Annual administration report of the Civil Veterinary Department of India - 1898-1899
Year: 1898
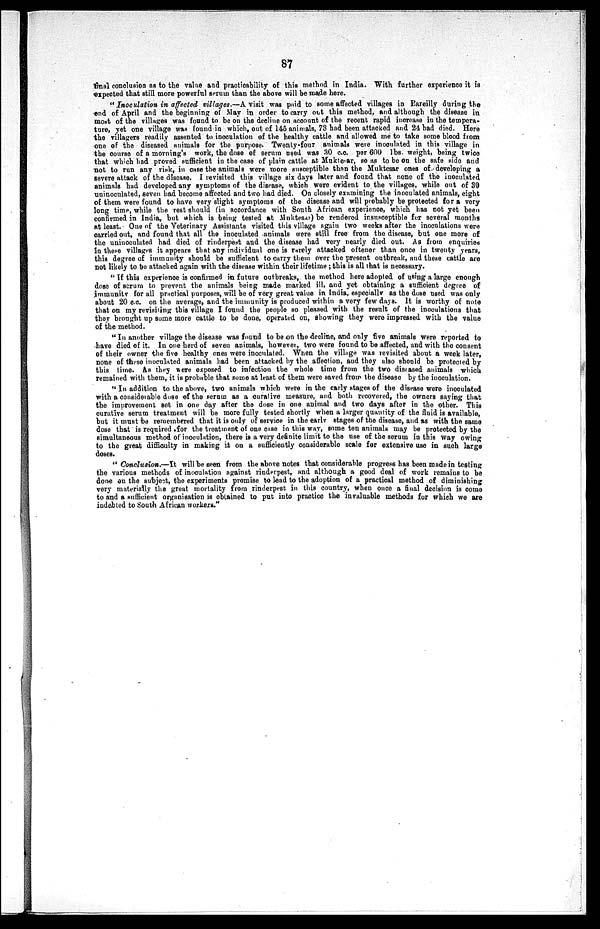
87
final conclusion as to the value and practicability of this method in India. With further experience it is
expected that still more powerful serum than the above will be made here.
"Inoculation
in affected villages.—A visit was paid to some affected villages in Bareilly during the
end of April and the beginning of May in order to carry out this method, and although the disease in
most of the villages was found to be on the decline on account of the recent rapid increase in the tempera-
ture, yet one village was found in which, out of 145 animals, 73 had been attacked and 24 had died. Here
the villagers readily assented to inoculation of the healthy cattle and allowed me to take some blood from
one of the diseased animals for the purpose. Twenty-four animals were inoculated in this village in
the course of a morning's work, the dose of serum used was 30 c.c. per 600 lbs. weight, being twice
that which had proved sufficient in the case of plain cattle at Muktesar, so as to be on the safe side and
not to run any risk, in case the animals were more susceptible than the Muktesar ones of developing a
severe attack of the disease. I revisited this village six days later and found that none of the inoculated
animals hud developed any symptoms of the disease, which were evident to the villages, while out of 39
uninoculated, seven had become affected and two had died. On closely examining the inoculated animals, eight
of them were found to have very slight symptoms of the disease and will probably be protected for a very
long time, while the rest should (in accordance with South African experience, which has not yet been
confirmed in India, but which is being tested at Muktesar) be rendered insusceptible for several months
at least. One of the Veterinary Assistants visited this village again two weeks after the inoculations were
carried out, and found that all the inoculated animals were still free from the disease, but one more of
the uninoculated had died of rinderpest and the disease had very nearly died out. As from enquiries
in these villages it appears that any individual one is rarely attacked oftener than once in twenty years,
this degree of immunity should be sufficient to carry them over the present outbreak, and these cattle are
not likely to be attacked again with the disease within their lifetime; this is all that is necessary.
"If this experience is confirmed in future outbreaks, the method here adopted of using a large enough
dose of scrum to prevent the animals being made marked ill, and yet obtaining a sufficient degree of
immunity for all practical purposes, will be of very great value in India, especially as the dose used was only
about 20 c.c. on the average, and the immunity is produced within a very few days. It is worthy of note
that on my revisiting this village I found the people so pleased with the result of the inoculations that
they brought up some more cattle to be done, operated on, showing they were impressed with the value
of the method.
"In another village the disease was found to be on the decline, and only five animals were reported to
have died of it. In one herd of seven animals, however, two were found to be affected, and with the consent
of their owner the five healthy ones were inoculated. When the village was revisited about a week later,
none of these inoculated animals had been attacked by the affection, and they also should be protected by
this time. As they were exposed to infection the whole time from the two diseased animals which
remained with them, it is probable that some at least of them were saved from the disease by the inoculation.
"In addition to the above, two animals which were in the early stages of the disease were inoculated
with a considerable dose of the serum as a curative measure, and both recovered, the owners saying that
the improvement set in one day after the dose in one animal and two days after in the other. This
curative serum treatment will be more fully tested shortly when a larger quantity of the fluid is available,
but it must be remembered that it is only of service in the early stages of the disease, and as with the same
dose that is required for the treatment of one case in this way, some ten animals may be protected by the
simultaneous method of inoculation, there is a very definite limit to the use of the serum in this way owing
to the great difficulty in making it on a sufficiently considerable scale for extensive use in such large
doses.
"Conclusion.—It
will be seen from the above notes that considerable progress has been made in testing
the various methods of inoculation against rinderpest, and although a good deal of work remains to be
done on the subject, the experiments promise to lead to the adoption of a practical method of diminishing
very materially the great mortality from rinderpest in this country, when once a final decision is come
to and a sufficient organisation is obtained to put into practice the invaluable methods for which we are
indebted to South African workers."